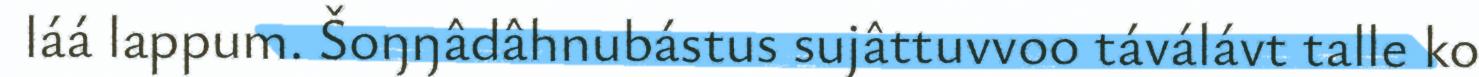
láá lappum. Šoŋŋâdâhnubástus sujâttuvvoo táválávt talle ko